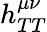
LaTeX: h_{TT}^{\mu\nu}